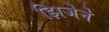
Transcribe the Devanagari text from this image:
झिजेने